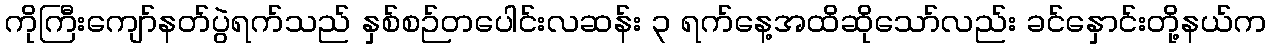
ကိုကြီးကျော်နတ်ပွဲရက်သည် နှစ်စဉ်တပေါင်းလဆန်း ၃ ရက်နေ့အထိဆိုသော်လည်း ခင်နှောင်းတို့နယ်က